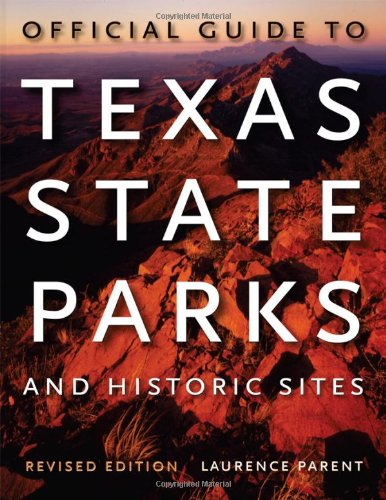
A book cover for Official Guide to Texas State Parks and Historic Sites: Revised Edition; Laurence Parent; Travel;